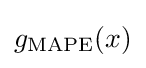
g_{\text{MAPE}}(x)